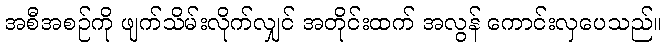
အစီအစဉ်ကို ဖျက်သိမ်းလိုက်လျှင် အတိုင်းထက် အလွန် ကောင်းလှပေသည်။